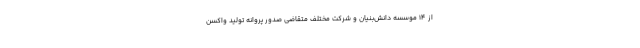
از ۱۴ موسسه دانش‌بنیان و شرکت مختلف متقاضی صدور پروانه تولید واکسن